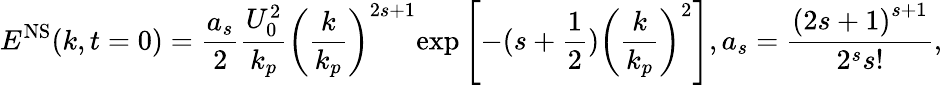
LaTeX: {{E}^{\mathrm{NS}}}(k,t=0)=\frac{{{a}_{s}}}{2}\frac{U_{0}^{2}}{{{k}_{p}}}{{\left(\frac{k}{{{k}_{p}}}\right)}^{2s+1}}\mathrm{exp}\left[-(s+\frac{1}{2}){{\left(\frac{k}{{{k}_{p}}}\right)}^{2}}\right],{{a}_{s}}=\frac{{{(2s+1)}^{s+1}}}{{{2}^{s}}s!},